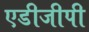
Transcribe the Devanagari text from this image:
एडीजीपी